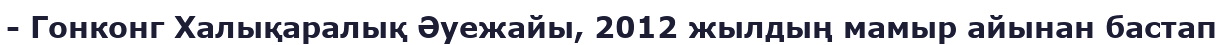
- Гонконг Халықаралық Әуежайы, 2012 жылдың мамыр айынан бастап